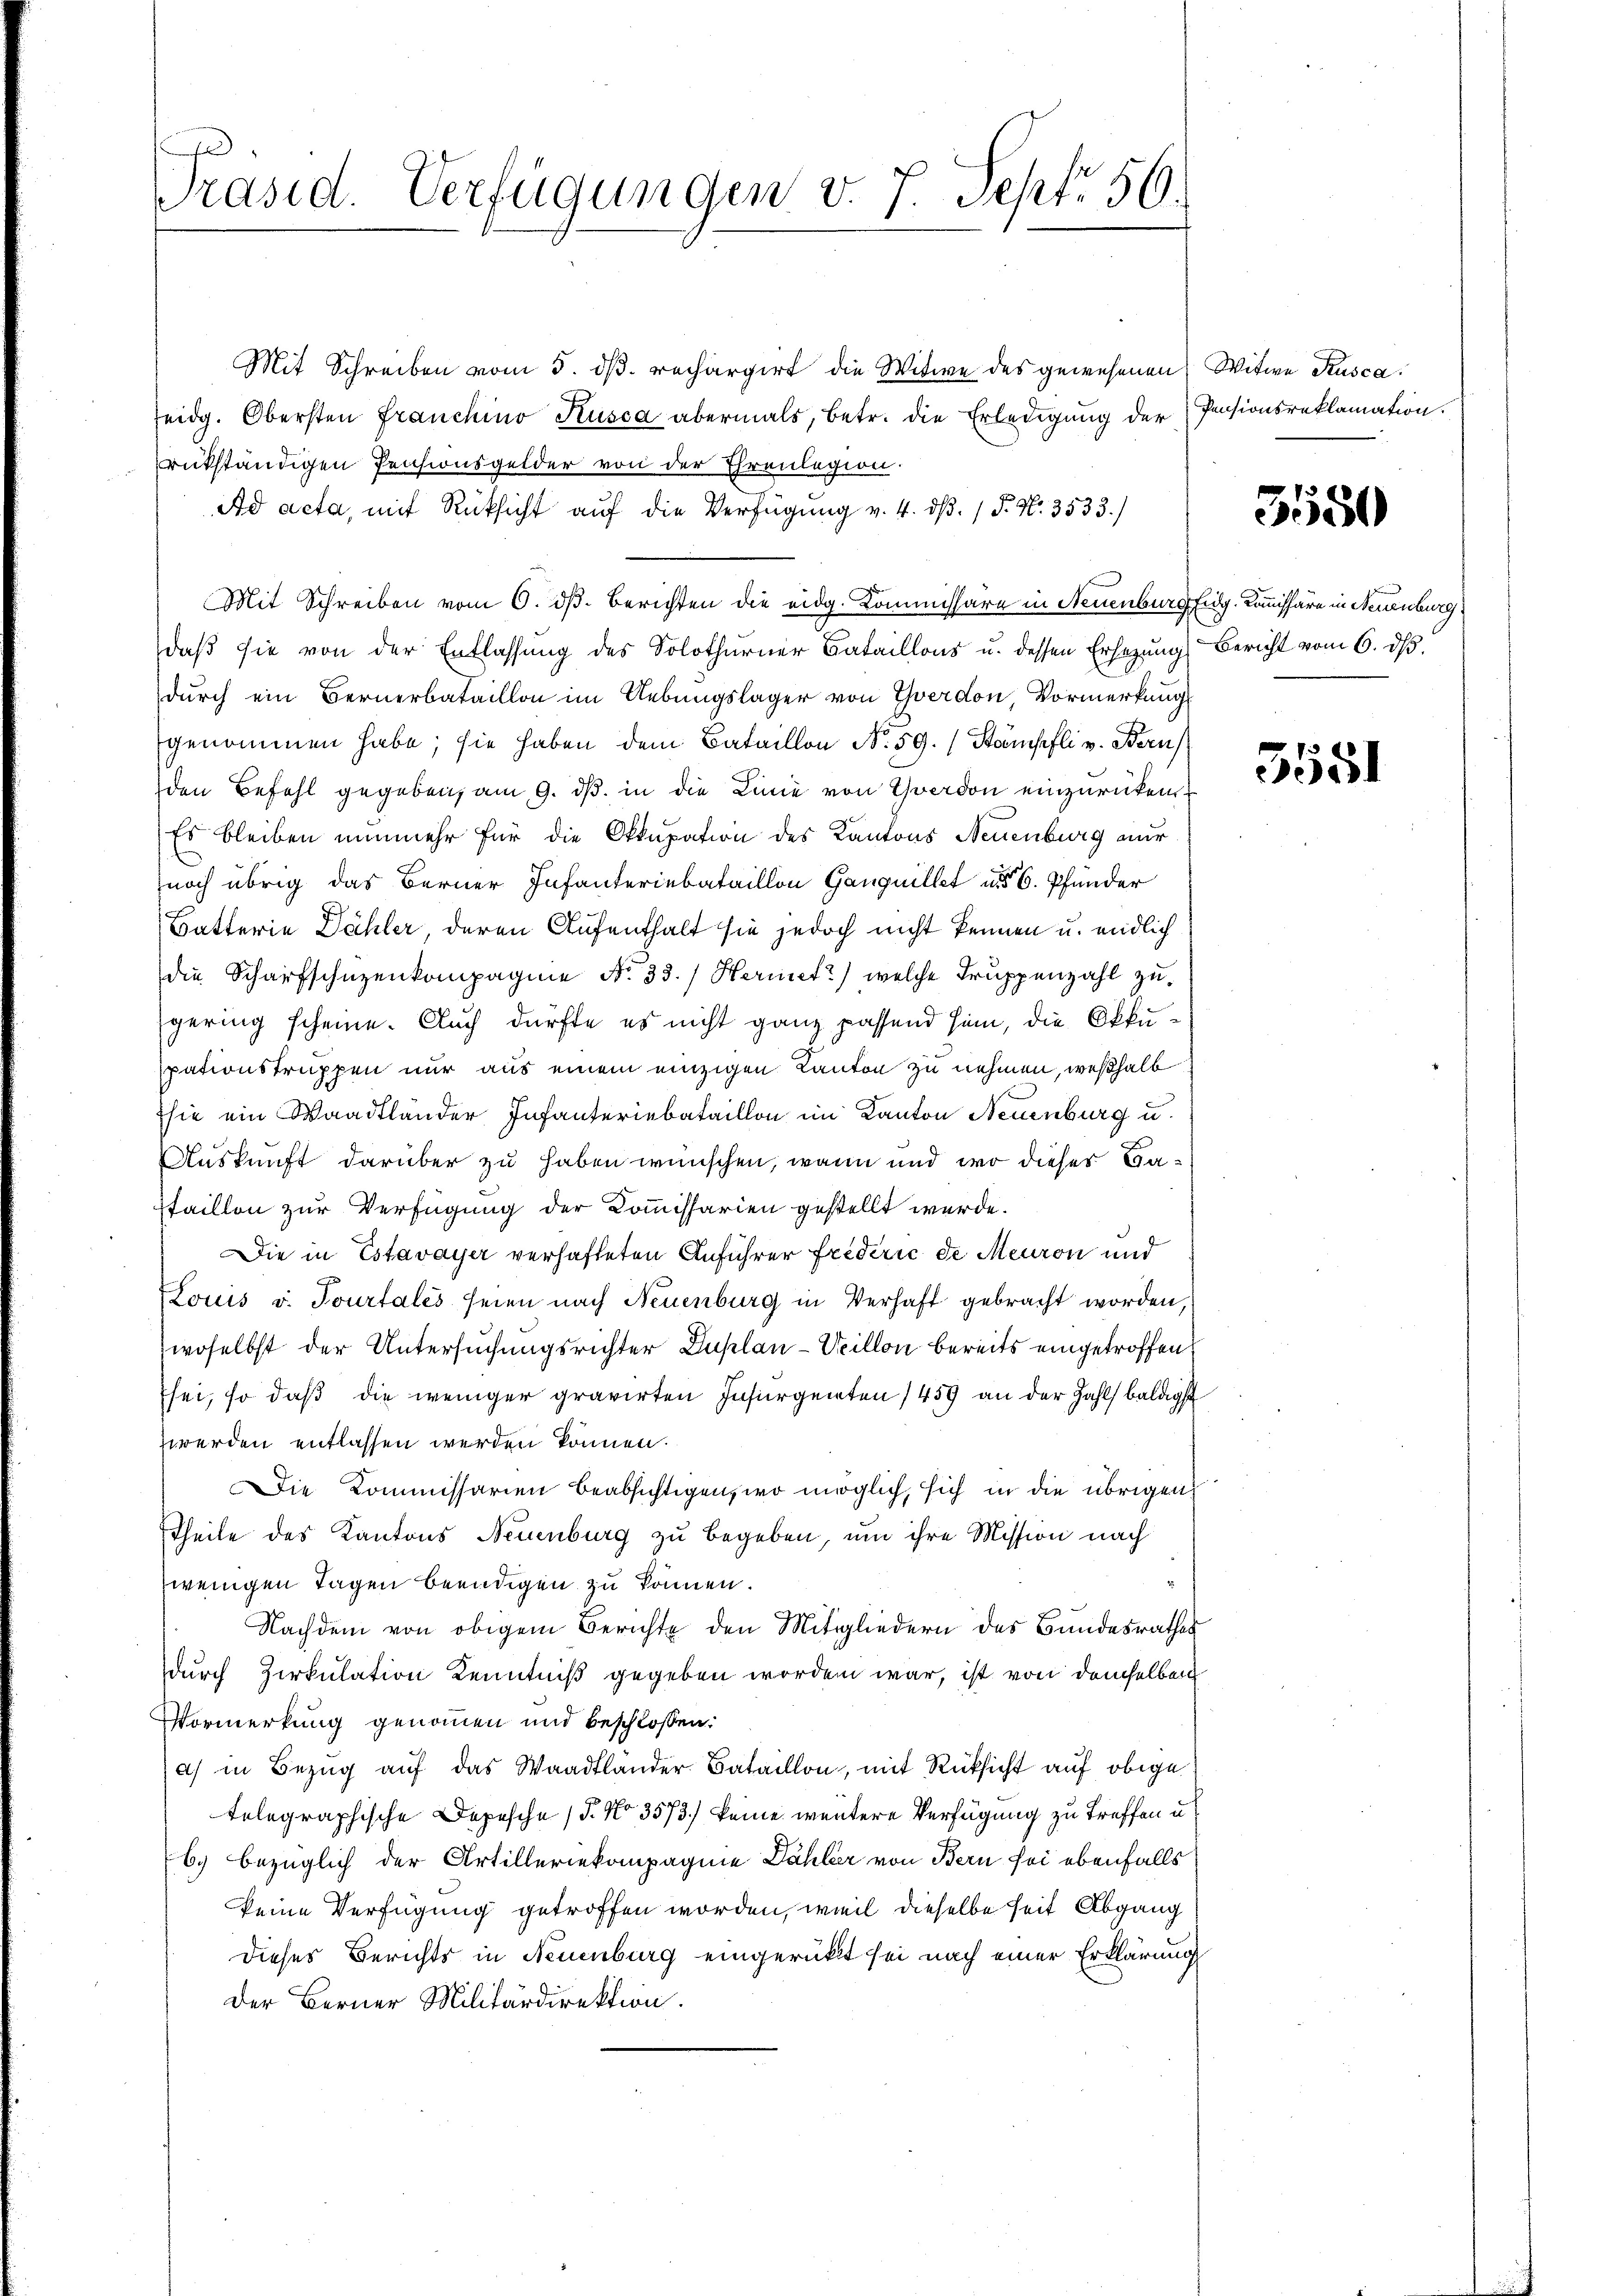
Präsid. Verfügungen v. 7. Sept. 56.

Mit Schreiben vom 5. dβ. rechargirt die Witwe des gewesenen Witwe Kusca.
seidg. Obersten Franchino Kusca abermals, betr. die Erledigung der Pensionsreklamation.
rükständigen Pensionsgelder von der Ehrenlegion.
Ad acta, mit Rüksicht auf die Verfügung v. 4. dß. / P. Nr. 3533.)
Mit Schreiben vom 6. dß. Berichten die eidg. Kommissäre in Neuenburg Eidg. Kommissäre in Neuenburg
daß sie von der Entlassung des Solothurner Bataillons u. dessen Ersezung Bericht vom 6. dβ.
durch ein Bernerbataillon im Uebungslager von Yverdon, Vormerkung
genommen habe; sie haben dem Bataillon No. 59. Stämpfli v. Beru
den Befehl gegeben, am 9. ds. in die Linie von Yverdon einzurücken.
Es bleiben nunmehr für die Okkupation des Kantons Neuenburg nur
noch übrig das Berner Infanteriebataillon Ganquillet und 6 Pfänder
Batterie Dähler, deren Aufenthalt sie jedoch nicht kennen u. endlich
die Scharfschüzenkompagnie No. 33.) Hermett) welche Truppenzahl zu
gering scheine. Auch dürfte es nicht ganz passend sein, die Okkupationstruppen nur aus einem einzigen Kanton zu nehmen, weßhalb
sie ein Waadtländer Infanteriebataillon im Kanton Neuenburg u.
Auskunft darüber zu haben wünschen, wann und wo dieses Bastaillon zur Verfügung der Kommissarien gestellt wurde.
Die in Estavayer verhafteten Anführer Frideric de Meuron und
Louis v. Tourtales seien nach Neuenburg in Verhaft gebracht worden,
woselbst der Untersuchungsrichter Zuplan -Veillon bereits eingetroffen
sei, so daß die weniger gravirten Insurgenten 1459 an der Zahl baldigst
werden entlassen werden können.
Die Kommissarien beabsichtigen, wo möglich, sich in die übrigen
Theile des Kantons Neuenburg zu begeben, um ihre Mission nach
i
wenigen Tagen beendigen zu können.
Nachdem von obigem Berichte den Mitgliedern des Bundesrathes
durch Zirkulation Kenntniß gegeben worden war, ist von demselben
Vormerkung genommen und beschlossen:
a) in Bezug auf das Waadtländer Bataillon, mit Rüksicht auf obige
telegraphische Depesche (§. No 3573.) keine weitere Verfügung zu treffen u.
b) bezüglich der Artilleriekompagnie Dähler von Bern sei ebenfalls
keine Verfügung getroffen worden, weil dieselbe seit Abgang
Dieses Berichts in Neuenburg eingerückt sei nach einer Erklärung
Der Berner Militärdirektion.

3550

3581